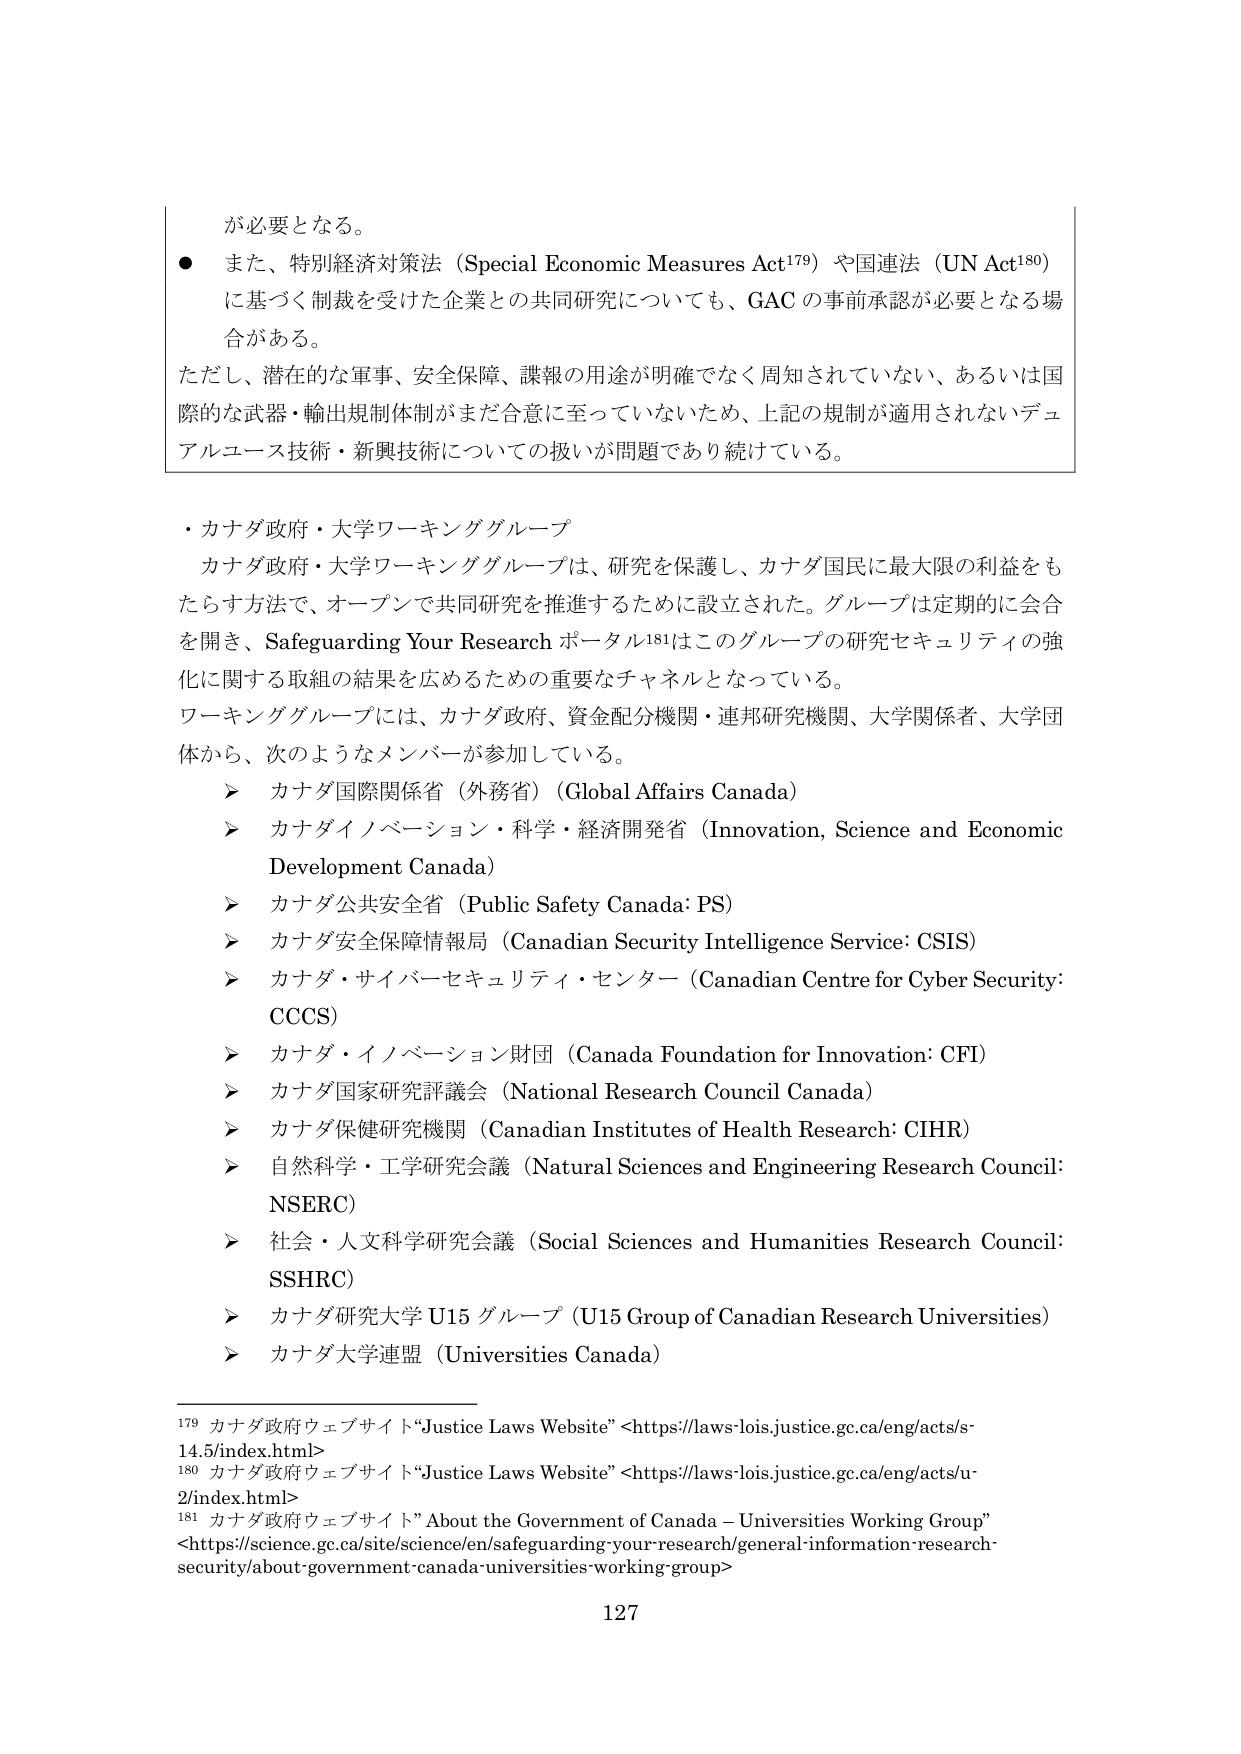
が必要となる。

● また、特別経済対策法（Special Economic Measures Act¹⁷⁹）や国連法（UN Act¹⁸⁰）に基づく制裁を受けた企業との共同研究についても、GAC の事前承認が必要となる場合がある。

ただし、潜在的な軍事、安全保障、諜報の用途が明確でなく周知されていない、あるいは国際的な武器・輸出規制体制がまだ合意に至っていないため、上記の規制が適用されないデュアルユース技術・新興技術についての扱いが問題であり続けている。

・カナダ政府・大学ワーキンググループ

カナダ政府・大学ワーキンググループは、研究を保護し、カナダ国民に最大限の利益をもたらす方法で、オープンで共同研究を推進するために設立された。グループは定期的に会合を開き、Safeguarding Your Research ポータル¹⁸¹はこのグループの研究セキュリティの強化に関する取組の結果を広めるための重要なチャネルとなっている。

ワーキンググループには、カナダ政府、資金配分機関・連邦研究機関、大学関係者、大学団体から、次のようなメンバーが参加している。

➤ カナダ国際関係省（外務省）（Global Affairs Canada）

➤ カナダイノベーション・科学・経済開発省（Innovation, Science and Economic Development Canada）

➤ カナダ公共安全省（Public Safety Canada: PS）

➤ カナダ安全保障情報局（Canadian Security Intelligence Service: CSIS）

➤ カナダ・サイバーセキュリティ・センター（Canadian Centre for Cyber Security: CCCS）

➤ カナダ・イノベーション財団（Canada Foundation for Innovation: CFI）

➤ カナダ国家研究評議会（National Research Council Canada）

➤ カナダ保健研究機関（Canadian Institutes of Health Research: CIHR）

➤ 自然科学・工学研究会議（Natural Sciences and Engineering Research Council: NSERC）

➤ 社会・人文科学研究会議（Social Sciences and Humanities Research Council: SSHRC）

➤ カナダ研究大学 U15 グループ（U15 Group of Canadian Research Universities）

➤ カナダ大学連盟（Universities Canada）

¹⁷⁹ カナダ政府ウェブサイト“Justice Laws Website”<https://laws-lois.justice.gc.ca/eng/acts/s-14.5/index.html>

¹⁸⁰ カナダ政府ウェブサイト“Justice Laws Website”<https://laws-lois.justice.gc.ca/eng/acts/u-2/index.html>

¹⁸¹ カナダ政府ウェブサイト”About the Government of Canada – Universities Working Group”<https://science.gc.ca/site/science/en/safeguarding-your-research/general-information-research-security/about-government-canada-universities-working-group>

127